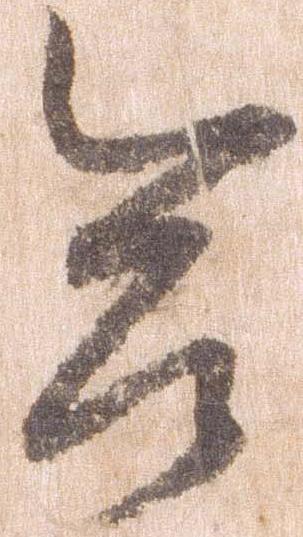
合